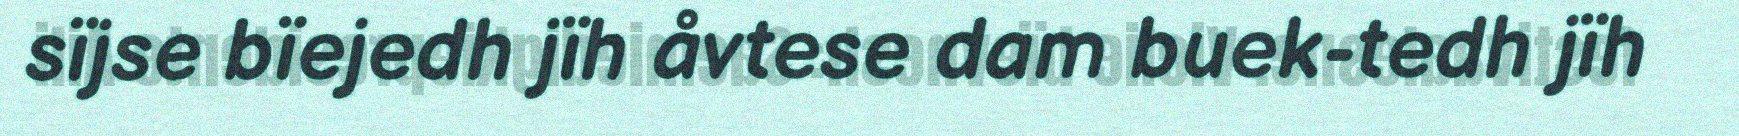
sïjse bïejedh jïh åvtese dam buek-tedh jïh